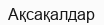
Ақсақалдар